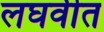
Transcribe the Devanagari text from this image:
लघवीत